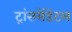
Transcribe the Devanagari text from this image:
ट्रांससेंडेंटल